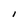
Character: I